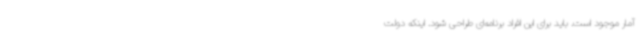
آمار موجود است. باید برای این افراد برنامه‌ای طراحی شود. اینکه دولت